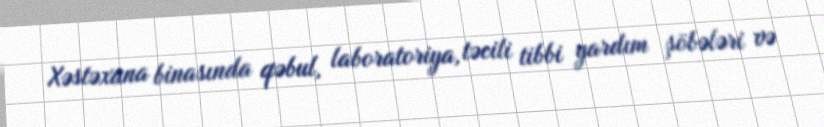
Xəstəxana binasında qəbul, laboratoriya, təcili tibbi yardım şöbələri və